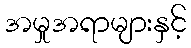
အမှုအရာများနှင့်